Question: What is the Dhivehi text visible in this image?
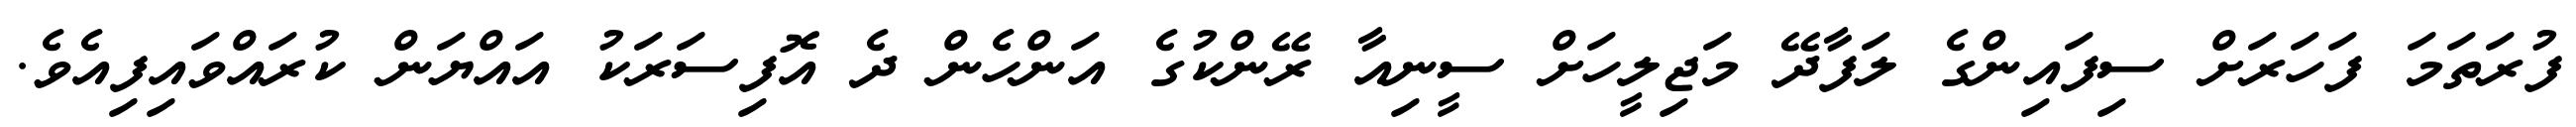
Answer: ފުރަތަމަ ފަހަރަށް ސިފައިންގެ ލަފާދޭ މަޖިލީހަށް ސީނިއާ ރޭންކުގެ އަންހެން ދެ އޮފިސަރަކު އައްޔަން ކުރައްވައިފިއެވެ.